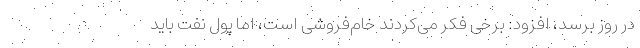
در روز برسد، افزود: برخی فکر می‌کردند خام‌فروشی است، اما پول نفت باید